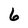
Character: 6